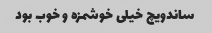
ساندویچ خیلی خوشمزه و خوب بود